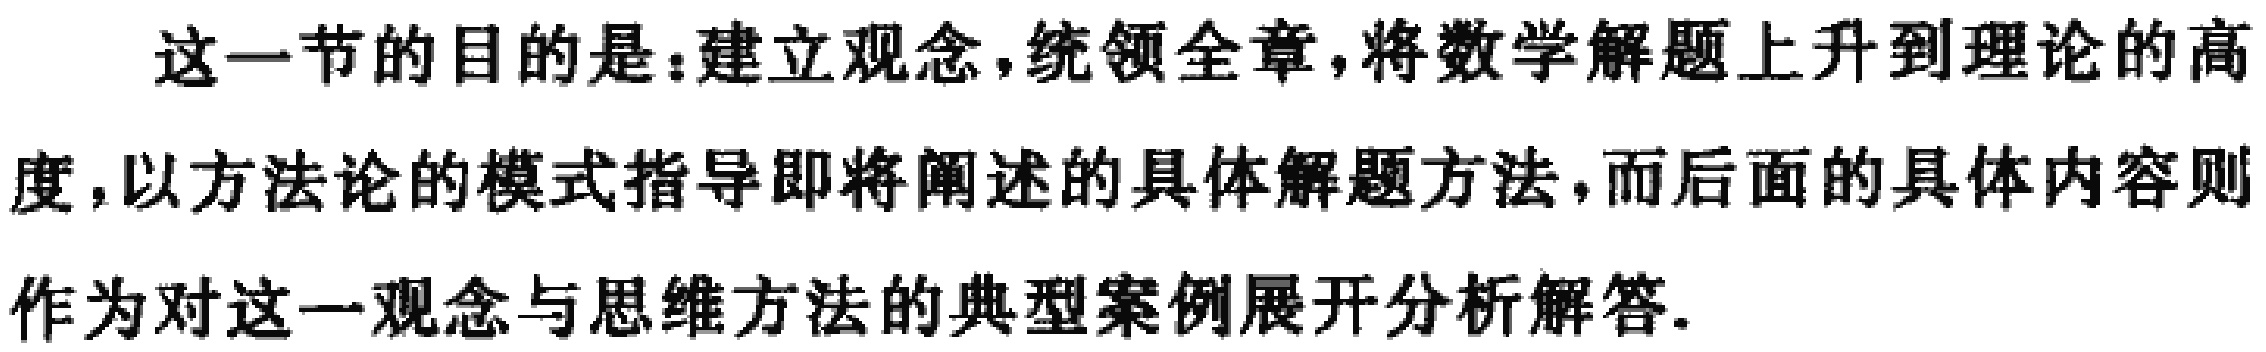
这一节的目的是：建立观念，统领全章，将数学解题上升到理论的高度，以方法论的模式指导即将阐述的具体解题方法，而后面的具体内容则作为对这一观念与思维方法的典型案例展开分析解答.